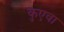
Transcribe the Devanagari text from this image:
कुएवा